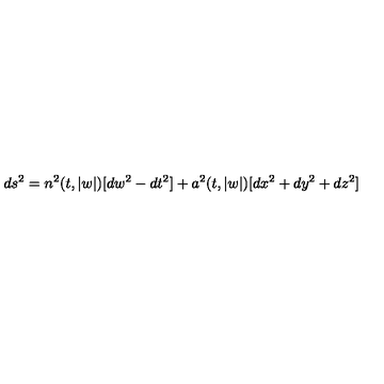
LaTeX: d s ^ { 2 } = n ^ { 2 } ( t , | w | ) [ d w ^ { 2 } - d t ^ { 2 } ] + a ^ { 2 } ( t , | w | ) [ d x ^ { 2 } + d y ^ { 2 } + d z ^ { 2 } ]